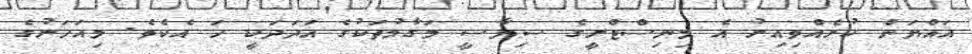
އައްޔަން ކުރެއްވިއިރު އެ މިނިސްޓްރީގެ ސިޔާސީ މަގާމުތަކުގެ އަދަދަކީ ހަ އެކެވެ. މިއަހަރުގެ